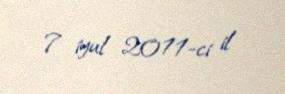
7 iyul 2011-ci il